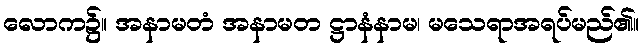
လောက၌။ အနာမတံ အနာမတ ဋ္ဌာနံနာမ၊ မသေရာအရပ်မည်၏။